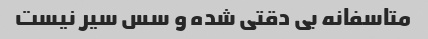
متاسفانه بی دقتی شده و سس سیر نیست